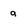
Character: a